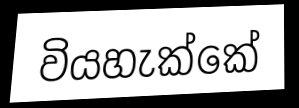
වියහැක්කේ